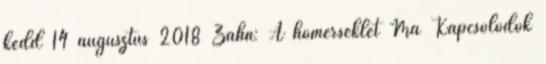
kedd 14 augusztus 2018 Zahn: A hőmérséklet Ma Kapcsolódók